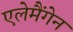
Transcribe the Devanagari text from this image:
एलेमैंगेन